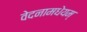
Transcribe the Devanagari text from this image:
वेदनामधेयम्